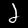
Digit: 2